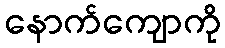
နောက်ကျောကို